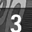
Digit: 3